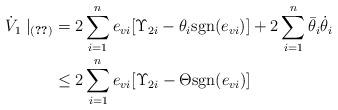
LaTeX: \begin{align*} \dot{V}_1\mid_{(\ref{dyn:err:im})} &=2\sum_{i=1}^ne_{vi}[\Upsilon_{2i}-\theta_i {\rm sgn}(e_{vi})]+2\sum_{i=1}^n {\bar \theta_i}\dot{\theta}_i\\ &\leq 2\sum_{i=1}^ne_{vi}[\Upsilon_{2i}-\Theta {\rm sgn}(e_{vi})]\end{align*}